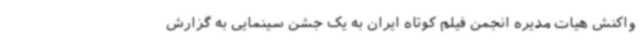
واکنش هیات مدیره انجمن فیلم کوتاه ایران به یک جشن سینمایی به گزارش